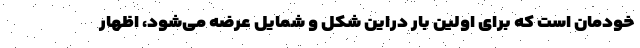
خودمان است که برای اولین بار دراین شکل و شمایل عرضه می‌شود، اظهار